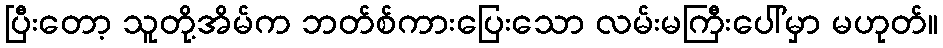
ပြီးတော့ သူတို့အိမ်က ဘတ်စ်ကားပြေးသော လမ်းမကြီးပေါ်မှာ မဟုတ်။